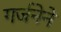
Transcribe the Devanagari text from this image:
गर्जनेने